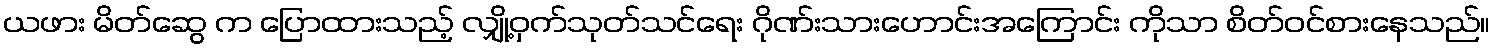
ယဖား မိတ်ဆွေ က ပြောထားသည့် လျှို့ဝှက်သုတ်သင်ရေး ဂိုဏ်းသားဟောင်းအကြောင်း ကိုသာ စိတ်ဝင်စားနေသည်။